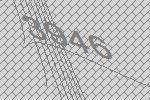
3946